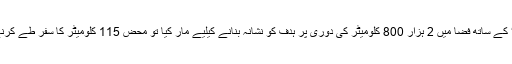
اگنی تھری کو تجربے کے مرحلے سے گزارنے کیلیے بھارتی انجینیئرز نے ’جعلی پلے لوڈ‘ کے ساتھ فضا میں 2 ہزار 800 کلومیٹر کی دوری پر ہدف کو نشانہ بنانے کیلیے مار کیا تو محض 115 کلومیٹر کا سفر طے کرنے کے بعد میزائل نے خود ہی اپنا رخ ہدف کے مخالف تبدیل کرلیا تھا اور سمندر میں گر گیا۔